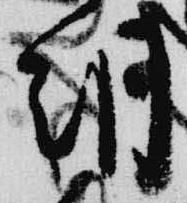
朝